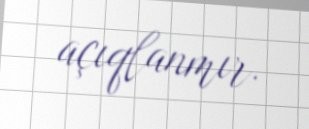
açıqlanmır.